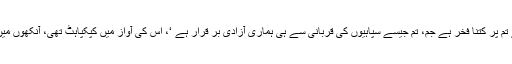
مجھے تم پر کتنا فخر ہے جم، تم جیسے سپاہیوں کی قربانی سے ہی ہماری آزادی بر قرار ہے ‘، اس کی آواز میں کپکپاہٹ تھی، آنکھوں میں آنسو۔